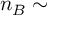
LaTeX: n _ { B } \sim